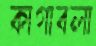
কাগাবলা